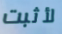
لأثبت